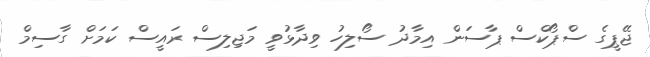
ޖޭޕީގެ ސްޕޯކްސް ޕާސަން އިމާދު ސޯލިހު ވިދާޅުވީ މަޖިލިސް ރައީސް ކަމަށް ގާސިމް